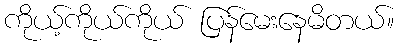
ကိုယ့်ကိုယ်ကိုယ် ပြန်မေးနေမိတယ်။